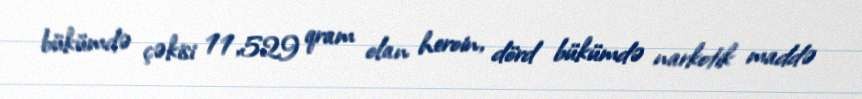
bükümdə çəkisi 11,529 qram olan heroin, dörd bükümdə narkotik maddə